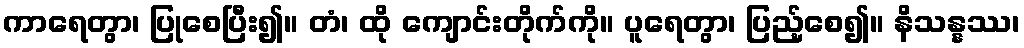
ကာရေတွာ၊ ပြုစေပြီး၍။ တံ၊ ထို ကျောင်းတိုက်ကို။ ပူရေတွာ၊ ပြည့်စေ၍။ နိသန္နဿ၊